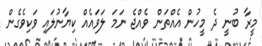
މީރާ ބުނީ ދެ މީހުން އެއްތަން ވެއްޖެ ނަމަ ލަވައެއް ކިޔާނުލައި ވަކިވެގެން